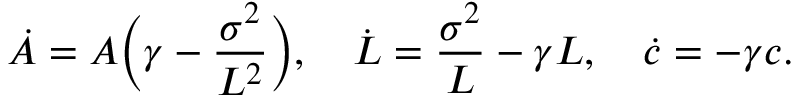
\dot { A } = A \bigg ( \gamma - \frac { \sigma ^ { 2 } } { L ^ { 2 } } \bigg ) , \quad \dot { L } = \frac { \sigma ^ { 2 } } { L } - \gamma L , \quad \dot { c } = - \gamma c .